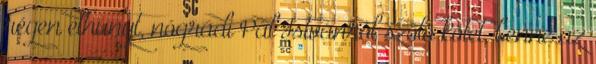
régen elhunyt, nógrádi Pál Istvánról szóló kötet, benne az